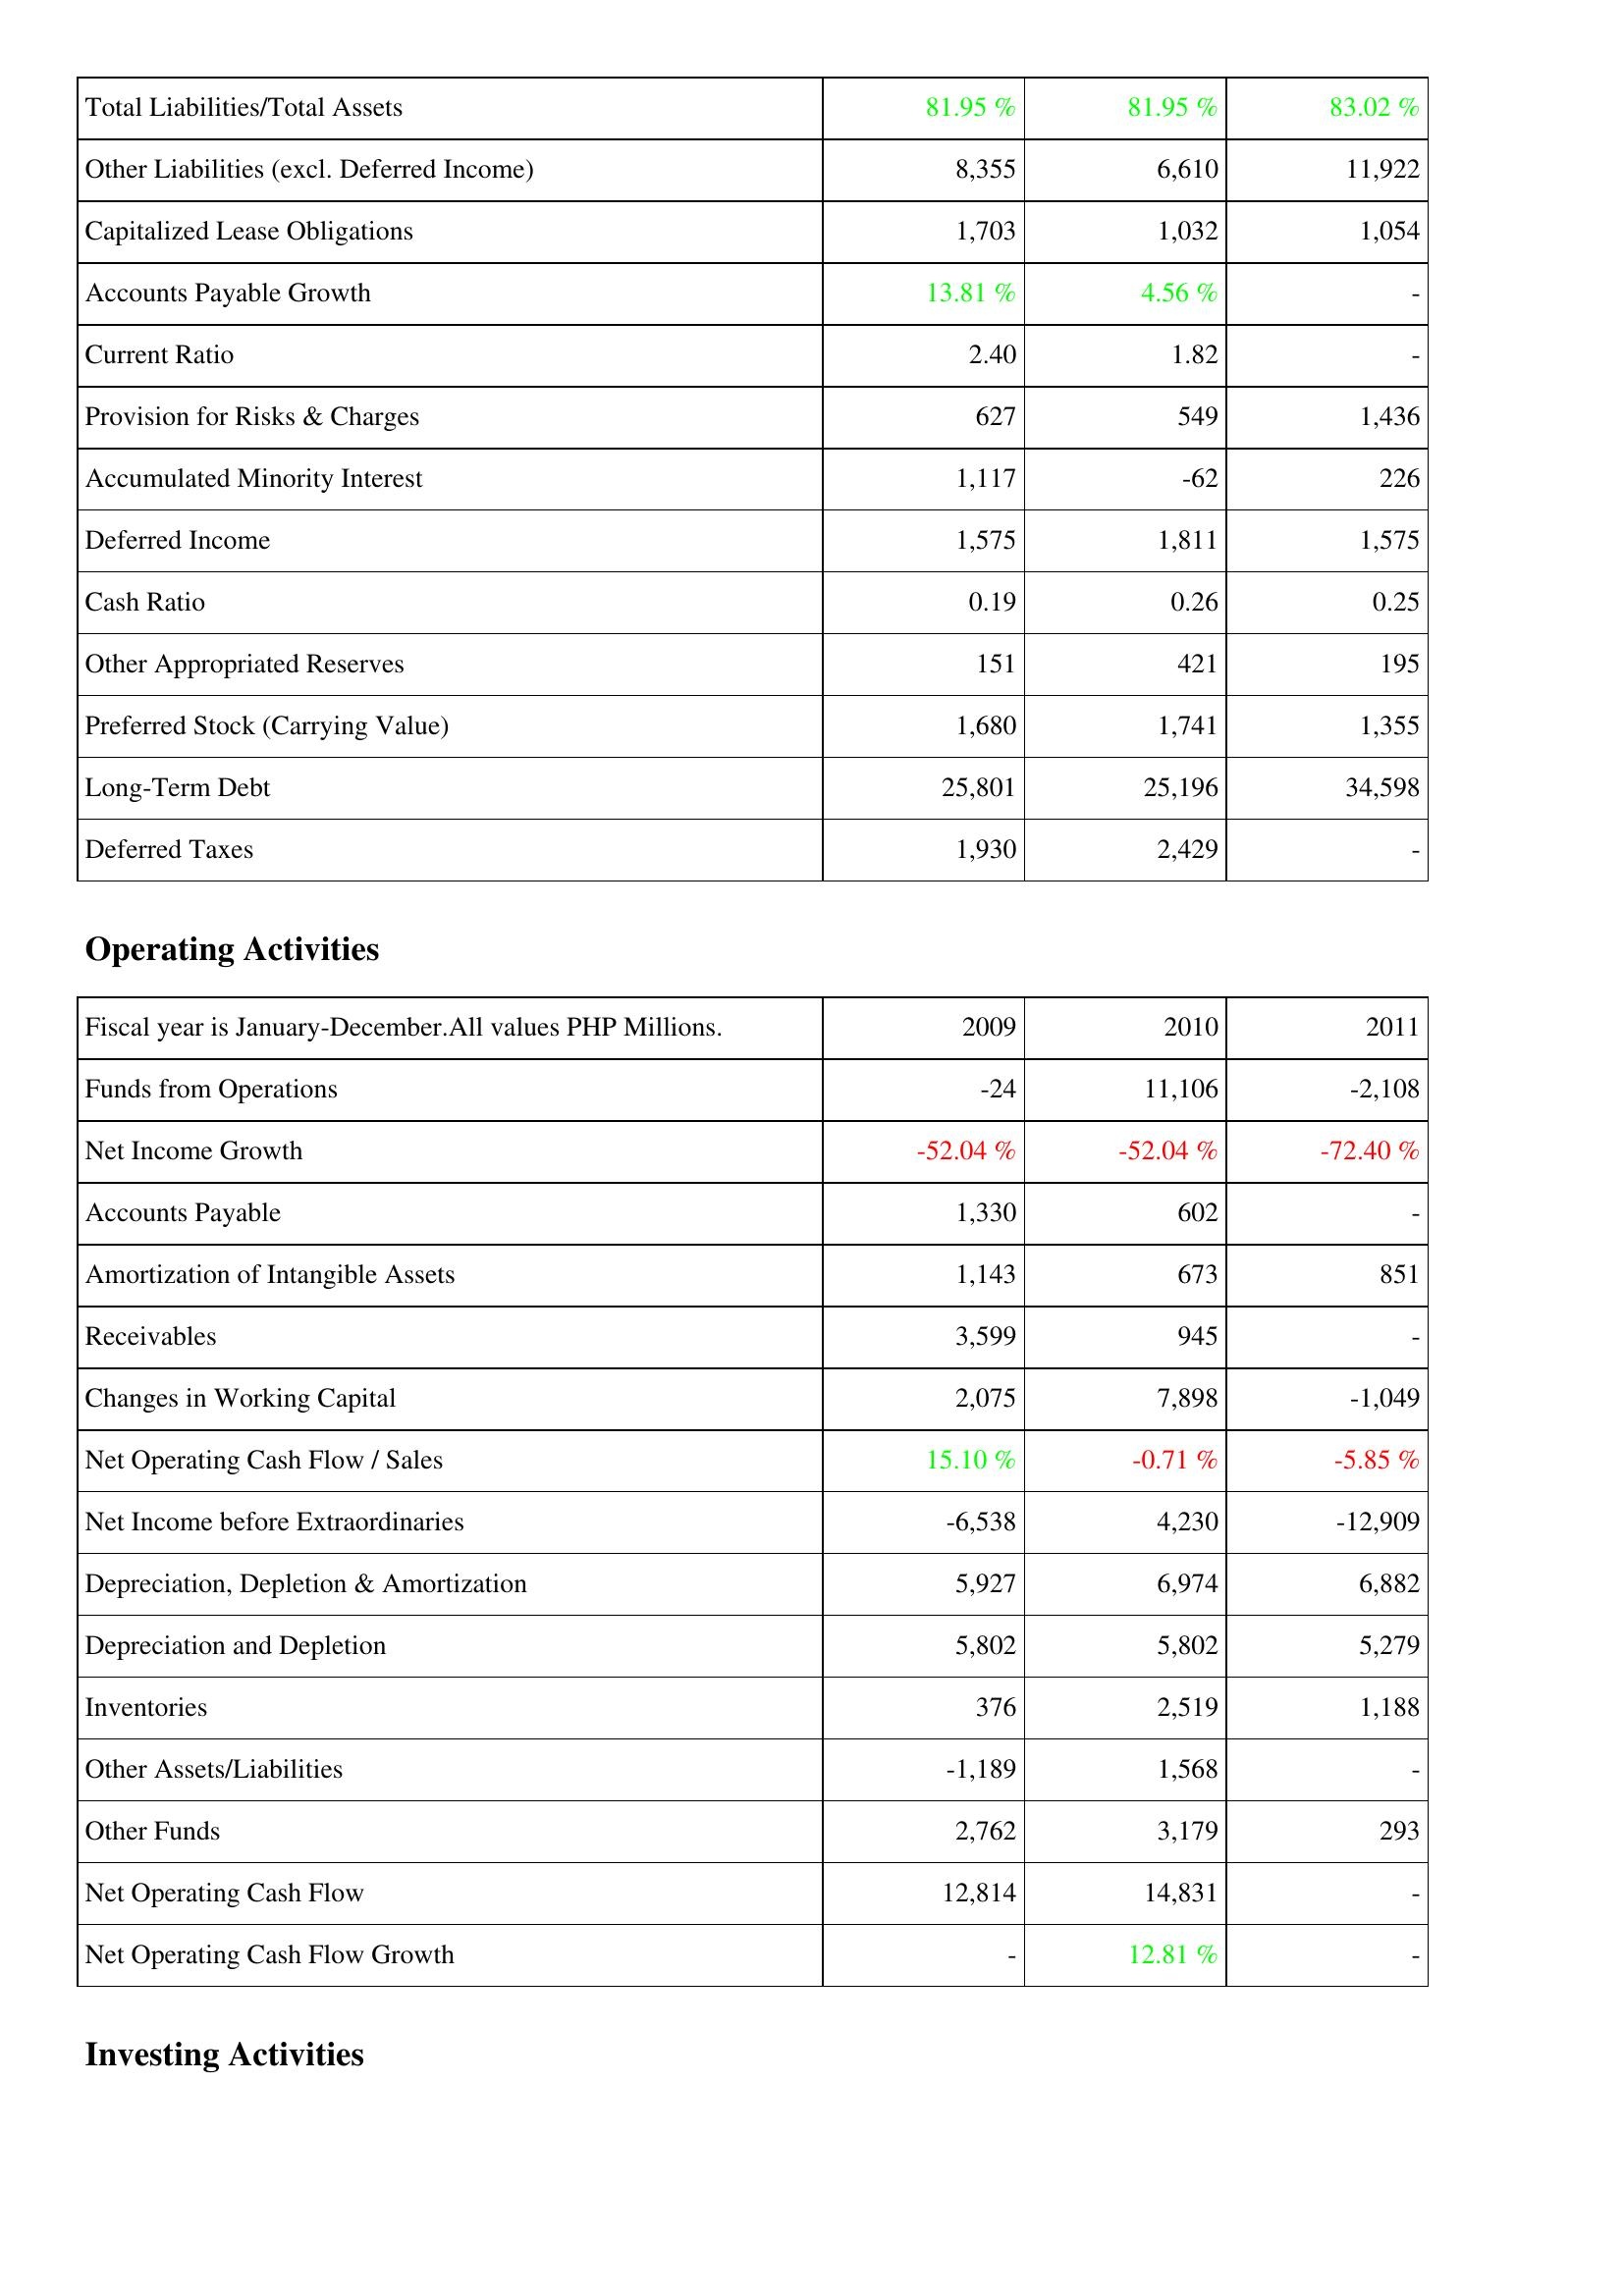
2009: Liabilities & Shareholders' Equity: Total Liabilities/Total Assets: 81.95 %
Other Liabilities (excl. Deferred Income): 8,355
Capitalized Lease Obligations: 1,703
Accounts Payable Growth: 13.81 %
Current Ratio: 2.40
Provision for Risks & Charges: 627
Accumulated Minority Interest: 1,117
Deferred Income: 1,575
Cash Ratio: 0.19
Other Appropriated Reserves: 151
Preferred Stock (Carrying Value): 1,680
Long-Term Debt: 25,801
Deferred Taxes: 1,930
Operating Activities: Funds from Operations: -24
Net Income Growth: -52.04 %
Accounts Payable: 1,330
Amortization of Intangible Assets: 1,143
Receivables: 3,599
Changes in Working Capital: 2,075
Net Operating Cash Flow / Sales: 15.10 %
Net Income before Extraordinaries: -6,538
Depreciation, Depletion & Amortization: 5,927
Depreciation and Depletion: 5,802
Inventories: 376
Other Assets/Liabilities: -1,189
Other Funds: 2,762
Net Operating Cash Flow: 12,814
Net Operating Cash Flow Growth: -
2010: Liabilities & Shareholders' Equity: Total Liabilities/Total Assets: 81.95 %
Other Liabilities (excl. Deferred Income): 6,610
Capitalized Lease Obligations: 1,032
Accounts Payable Growth: 4.56 %
Current Ratio: 1.82
Provision for Risks & Charges: 549
Accumulated Minority Interest: -62
Deferred Income: 1,811
Cash Ratio: 0.26
Other Appropriated Reserves: 421
Preferred Stock (Carrying Value): 1,741
Long-Term Debt: 25,196
Deferred Taxes: 2,429
Operating Activities: Funds from Operations: 11,106
Net Income Growth: -52.04 %
Accounts Payable: 602
Amortization of Intangible Assets: 673
Receivables: 945
Changes in Working Capital: 7,898
Net Operating Cash Flow / Sales: -0.71 %
Net Income before Extraordinaries: 4,230
Depreciation, Depletion & Amortization: 6,974
Depreciation and Depletion: 5,802
Inventories: 2,519
Other Assets/Liabilities: 1,568
Other Funds: 3,179
Net Operating Cash Flow: 14,831
Net Operating Cash Flow Growth: 12.81 %
2011: Liabilities & Shareholders' Equity: Total Liabilities/Total Assets: 83.02 %
Other Liabilities (excl. Deferred Income): 11,922
Capitalized Lease Obligations: 1,054
Accounts Payable Growth: -
Current Ratio: -
Provision for Risks & Charges: 1,436
Accumulated Minority Interest: 226
Deferred Income: 1,575
Cash Ratio: 0.25
Other Appropriated Reserves: 195
Preferred Stock (Carrying Value): 1,355
Long-Term Debt: 34,598
Deferred Taxes: -
Operating Activities: Funds from Operations: -2,108
Net Income Growth: -72.40 %
Accounts Payable: -
Amortization of Intangible Assets: 851
Receivables: -
Changes in Working Capital: -1,049
Net Operating Cash Flow / Sales: -5.85 %
Net Income before Extraordinaries: -12,909
Depreciation, Depletion & Amortization: 6,882
Depreciation and Depletion: 5,279
Inventories: 1,188
Other Assets/Liabilities: -
Other Funds: 293
Net Operating Cash Flow: -
Net Operating Cash Flow Growth: -